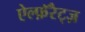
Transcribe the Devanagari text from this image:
ऐल्फ़ॅरैट्ज़